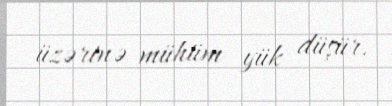
üzərinə mühüm yük düşür.